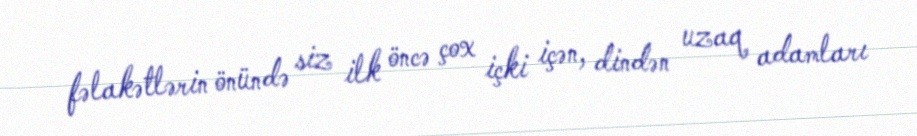
fəlakətlərin önündə siz ilk öncə çox içki içən, dindən uzaq adamları